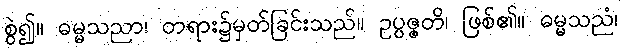
စွဲ၍။ ဓမ္မသညာ၊ တရား၌မှတ်ခြင်းသည်။ ဥပ္ပဇ္ဇတိ၊ ဖြစ်၏။ ဓမ္မသညံ၊